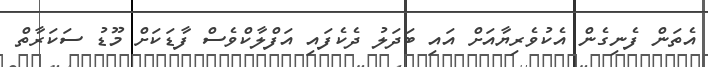
އެތަން ފެނިގެން އެކުވެރިޔާއަށް އައި ބަދަލު ދެކެފައި އަފްލާކްވެސް ފާޑަކަށް މޫޑު ސަކަރާތް